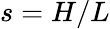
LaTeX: s=H/L